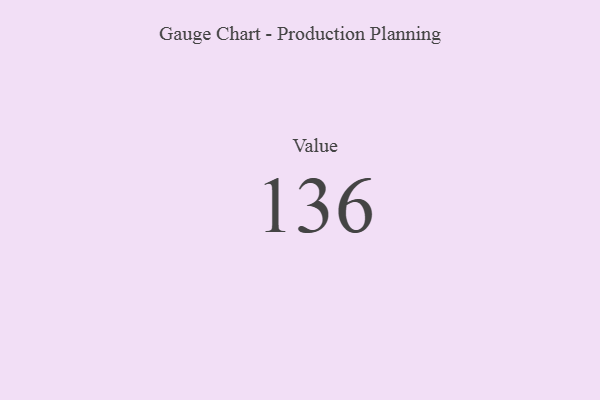
{"axis": {"x": "Metric", "y": "Value"}, "legend": [""], "data": [{"x": "Value", "y": 136, "type": ""}]}